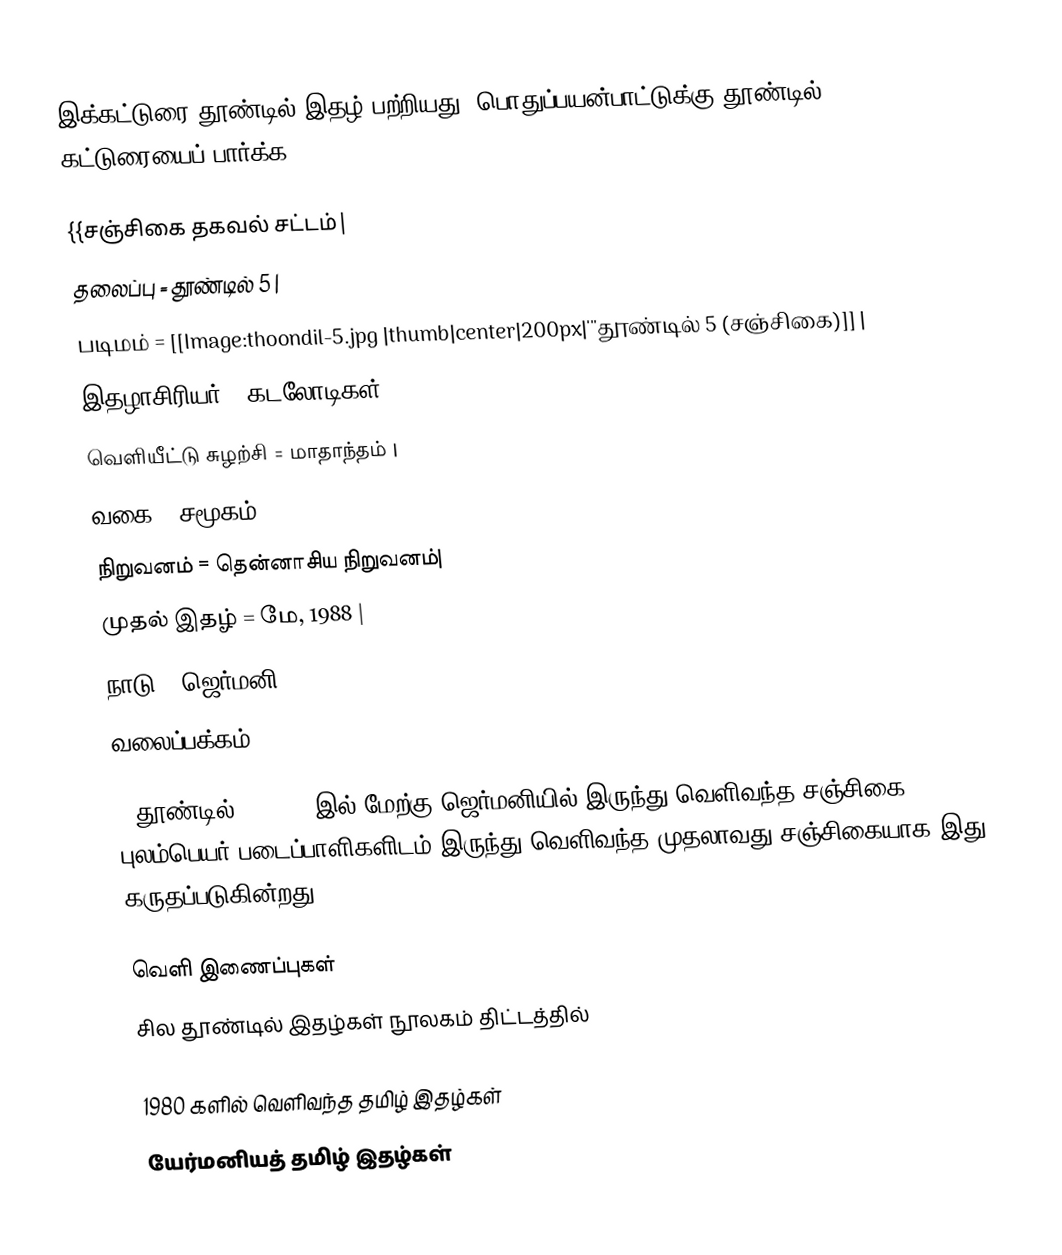
இக்கட்டுரை தூண்டில் இதழ் பற்றியது. பொதுப்பயன்பாட்டுக்கு தூண்டில் கட்டுரையைப் பார்க்க.

{{சஞ்சிகை தகவல் சட்டம்|
  தலைப்பு            =  தூண்டில் 5 |
  படிமம்              = [[Image:thoondil-5.jpg |thumb|center|200px|'''தூண்டில் 5 (சஞ்சிகை)]] |
  இதழாசிரியர் =  கடலோடிகள்|
  வெளியீட்டு சுழற்சி   = மாதாந்தம் |
  வகை               = சமூகம் |
  நிறுவனம்           =  தென்னாசிய நிறுவனம்|
  முதல் இதழ்         = மே, 1988 |
  நாடு                = ஜெர்மனி |
  வலைப்பக்கம்        = [] |

}}தூண்டில்''' 1985 இல் மேற்கு ஜெர்மனியில் இருந்து வெளிவந்த சஞ்சிகை. புலம்பெயர் படைப்பாளிகளிடம் இருந்து வெளிவந்த முதலாவது சஞ்சிகையாக இது கருதப்படுகின்றது.

வெளி இணைப்புகள்
சில தூண்டில் இதழ்கள் நூலகம் திட்டத்தில்

1980 களில் வெளிவந்த தமிழ் இதழ்கள்
யேர்மனியத் தமிழ் இதழ்கள்